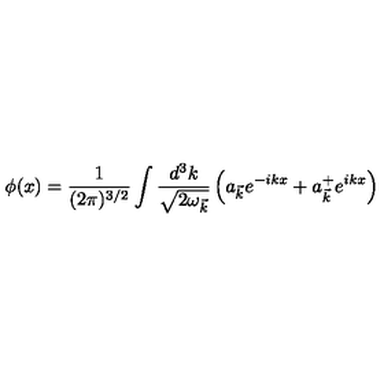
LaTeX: \phi ( x ) = \frac { 1 } { ( 2 \pi ) ^ { 3 / 2 } } \int \frac { d ^ { 3 } k } { \sqrt { 2 { \omega } _ { \vec { k } } } } \left( a _ { \vec { k } } e ^ { - i k x } + a _ { \vec { k } } ^ { + } e ^ { i k x } \right)